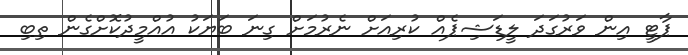
ޕާޓީ އިން ވަރުގަދަ ލީޑަޝިޕެއް ކުރިއަށް ނެރުމަށް ގިނަ ބަޔަކު އުއްމީދުކޮށްގެން ތިބި